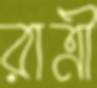
রাত্রী